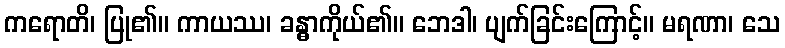
ကရောတိ၊ ပြု၏။ ကာယဿ၊ ခန္ဓာကိုယ်၏။ ဘေဒါ၊ ပျက်ခြင်းကြောင့်။ မရဏာ၊ သေ